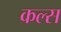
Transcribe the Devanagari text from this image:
कल्स